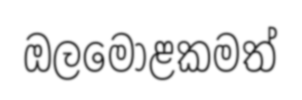
ඔලමොළකමත්